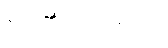
သေဆုံးသွားသော